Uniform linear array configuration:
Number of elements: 12
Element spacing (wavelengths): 1
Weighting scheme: kaiser
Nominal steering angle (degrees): -15
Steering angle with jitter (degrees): -16.321
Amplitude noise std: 0.05
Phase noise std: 0.05

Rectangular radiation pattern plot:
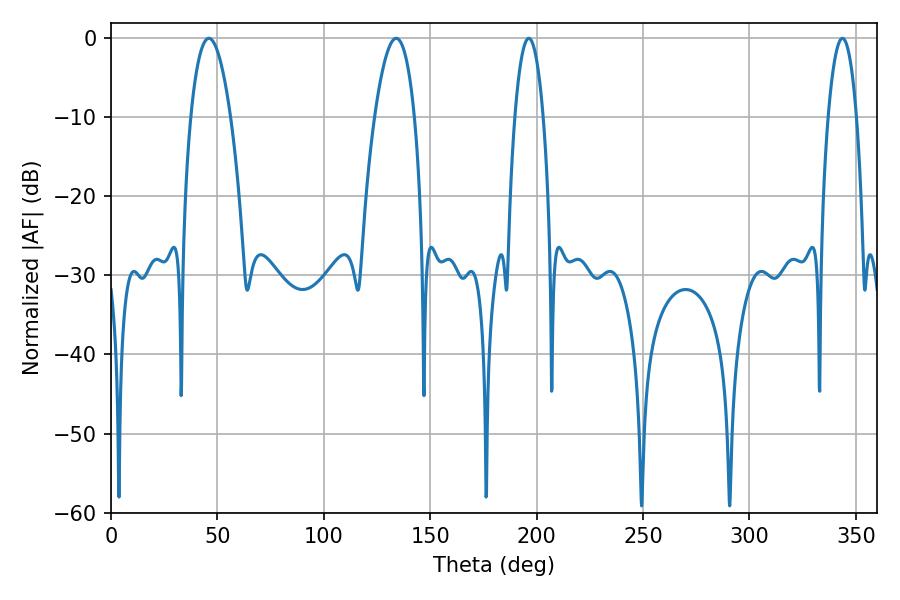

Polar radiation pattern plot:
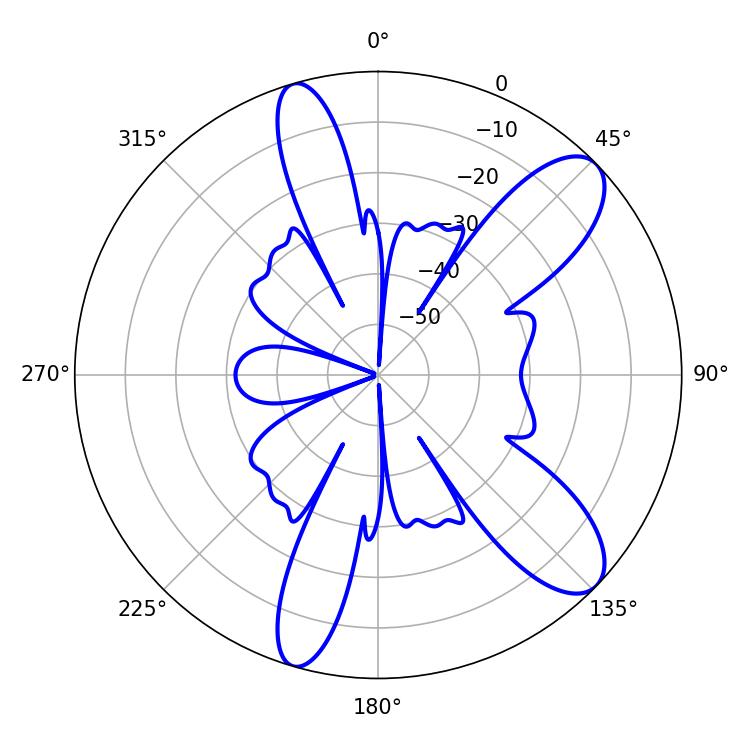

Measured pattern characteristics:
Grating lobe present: TRUE
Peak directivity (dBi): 9.965
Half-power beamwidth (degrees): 10.44
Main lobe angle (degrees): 45.9